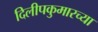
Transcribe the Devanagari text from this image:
दिलीपकुमारच्या